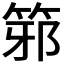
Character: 𥭕